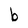
Character: b